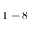
1 - 8